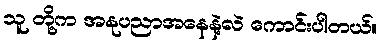
သူ တို့က အနုပညာအနေနဲ့လဲ ကောင်းပါတယ်။